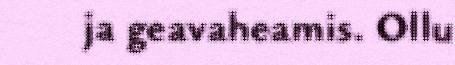
ja geavaheamis. Ollu